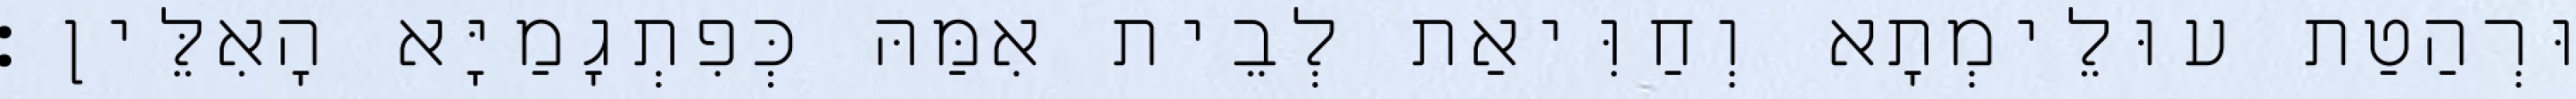
וּרְהַטַת עוּלֵימְתָא וְחַוִּיאַת לְבֵית אִמַּהּ כְּפִתְגָמַיָּא הָאִלֵּין׃